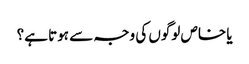
یا خاص لوگوں کی وجہ سے ہوتا ہے؟